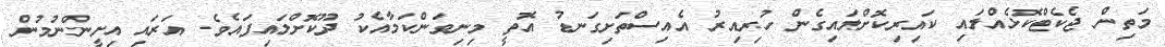
މަތިން ޖެކެޓްކޮޅެއްލައި ކައިރިކޮށްލައިގެން ހުރިއިރު އެއިސްތަށިގަނޑު އޮތީ މިނިވަންކަމާއެކު ދޫކޮށްލައިފައެވެ. އަރައި އިށީންނުމުން